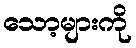
သော့များကို